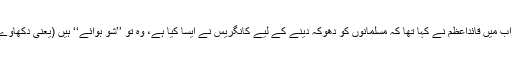
جس کے جواب میں قائداعظم نے کہا تھا کہ مسلمانوں کو دھوکہ دینے کے لیے کانگریس نے ایسا کیا ہے، وہ تو ’’شو بوائے‘‘ ہیں (یعنی دکھاوے کے صدر)۔